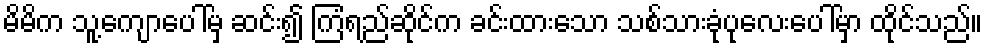
မိမိက သူ့ကျောပေါ်မှ ဆင်း၍ ကြံရည်ဆိုင်က ခင်းထားသော သစ်သားခုံပုလေးပေါ်မှာ ထိုင်သည်။